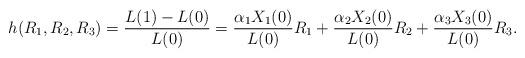
LaTeX: \begin{align*} h(R_1,R_2,R_3)=\frac{L(1)-L(0)}{L(0)}=\frac{\alpha_1 X_1(0)}{L(0)} R_1 + \frac{\alpha_2 X_2(0)}{L(0)} R_2 + \frac{\alpha_3 X_3(0)}{L(0)} R_3 .\end{align*}